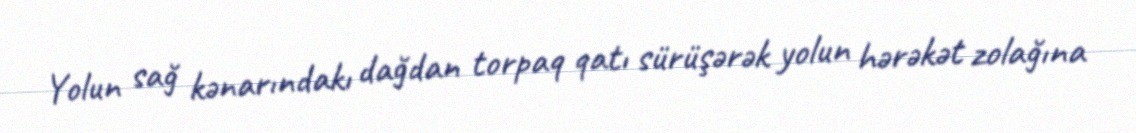
Yolun sağ kənarındakı dağdan torpaq qatı sürüşərək yolun hərəkət zolağına